Report on sanitation, dispensaries, and jails in Rajputana for 1915, and on vaccination for the year 1915-1916 - 1915-1916
Year: 1915
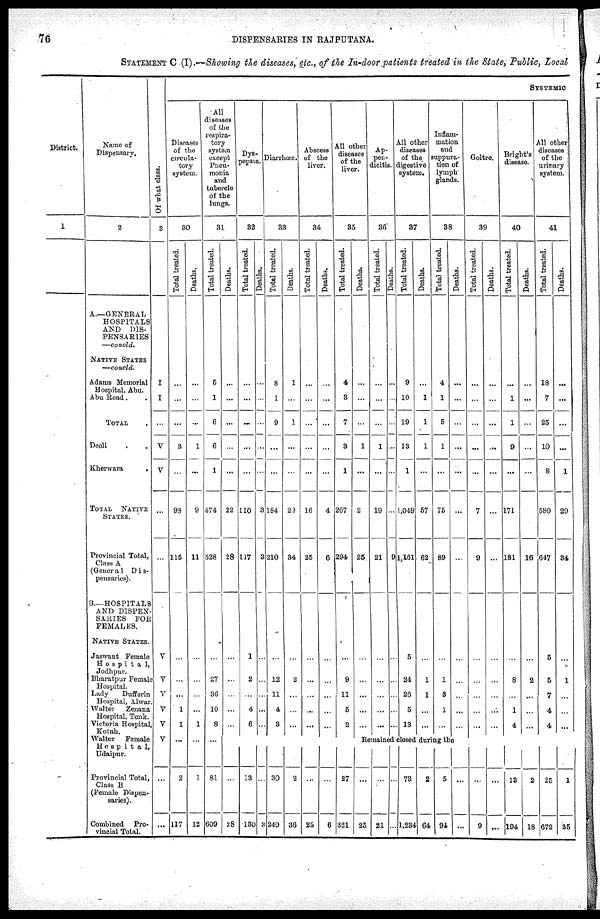
76
DISPENSARIES IN RAJPUTANA.
STATEMENT C (I).—Showing the diseases, etc., of the In-door patients treated in the State, Public, Local
District.
1
Name of
Dispensary.
2
A.—GENERAL
HOSPITALS
AND DIS-
PENSARIES
—concld.
NATIVE STATES
—concld.
Adams Memorial
Hospital, Abu.
Abu Road.
TOTAL.
Deoli.
Kherwara.
TOTAL
NATIVE
STATES.
Provincial Total,
Class A
(Genera1 Dis¬
pensaries).
B.—HOSPITALS
AND DISPEN¬
SARIES FOR
FEMALES.
NATIVE STATES.
Jaswant Female
Hospital,
Jodhpur.
Bharatpur Female
Hospital.
Lady Dufferin
Hospital, Alwar.
Walter Zenana
Hospital, Tonk.
Victoria Hospital,
Kotah.
Walter Female
Hospital,
Udaipur.
Provincial Total,
Class B
(Female Dispen¬
saries).
Combined Pro¬
viucial Total.
Of what class.
3
I
I
...
V
V
...
...
V
V
V
V
V
V
...
...
SYSTEMIC
Diseases
of the
circula-
tory
system.
30
Total treated.
...
...
...
3
...
98
115
...
...
...
1
1
...
2
117
Deaths.
...
...
...
1
...
9
11
...
...
...
...
1
...
1
12
All
diseases
of the
respira-
tory
system
except
Pneu-
monia
and
tubercle
of the
lungs.
31
Total treated.
5
1
6
6
1
474
528
...
27
36
10
8
...
81
609
Deaths.
...
...
...
...
...
22
28
...
...
...
...
...
...
...
28
Dys¬
pepsia.
32
Total treated.
...
...
...
...
...
110
117
1
2
...
4
6
...
13
130
Deaths.
...
...
...
...
...
3
3
...
...
...
...
...
...
...
3
Diarrhœa.
33
Total treated.
8
1
9
...
...
184
210
...
12
11
4
3
...
30
240
Deaths.
1
...
1
...
...
29
34
...
2
...
...
...
...
2
36
Abscess
of the
liver.
34
Total treated.
...
...
...
...
...
16
25
...
...
...
...
...
...
...
25
Deaths.
...
...
...
...
...
4
6
...
...
...
...
...
...
...
6
All other
diseases
of the
liver.
35
Total treated.
4
3
7
3
1
267
294
...
9
11
5
2
...
27
321
Deaths.
...
...
...
1
...
2
25
...
...
...
...
...
Ap-
pen-
dicitis.
36
Total treated.
...
...
...
1
...
19
21
...
...
...
...
...
Deaths.
...
...
...
...
...
...
9
...
...
...
...
...
All other
diseases
of the
digestive
system.
37
Total treated.
9
10
19
13
1
1,049
1,161
5
24
26
5
13
Deaths.
...
1
1
1
...
57
62
...
1
1
...
...
Inflam-
mation
and
suppura¬
tion of
lymph
glands.
38
Total treated.
4
1
5
1
...
75
89
...
1
3
1
...
Deaths.
...
...
...
...
...
...
...
...
...
...
...
...
Remained closed during the
...
25
...
21
...
...
73
1,234
2
64
5
94
...
...
Goitre.
39
Total treated.
...
...
...
...
...
7
9
...
...
...
...
...
...
9
Deaths.
...
...
...
...
...
...
...
...
...
...
...
...
...
...
Bright's
disease
40
Total treated.
...
1
1
9
...
171
181
...
8
...
1
4
13
194
Deaths.
...
...
...
...
...
...
16
...
2
...
...
...
2
18
All other
diseases
of the
urinary
system.
41
Total treated.
18
7
25
10
8
580
647
5
5
7
4
4
25
672
Deaths.
...
...
...
...
1
29
34
...
1
...
...
...
1
35